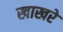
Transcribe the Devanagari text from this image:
खाखरे